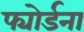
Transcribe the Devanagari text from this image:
फ्योर्डना